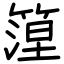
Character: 篞